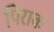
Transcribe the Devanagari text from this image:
पिराक